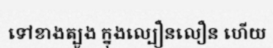
ទៅខាងត្បូង ក្នុងល្បឿនលឿន ហើយ